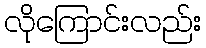
လိုကြောင်းလည်း